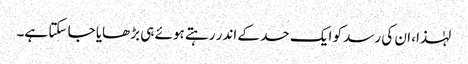
لہٰذا، ان کی رسد کو ایک حد کے اندر رہتے ہوئے ہی بڑھایا جا سکتا ہے۔